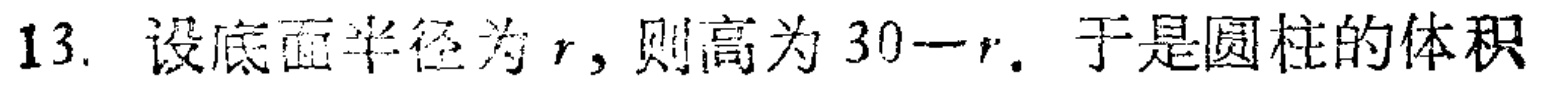
13. 设底面半径为\(r\)，则高为\(30 - r\). 于是圆柱的体积